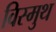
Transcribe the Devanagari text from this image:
विस्मुथ